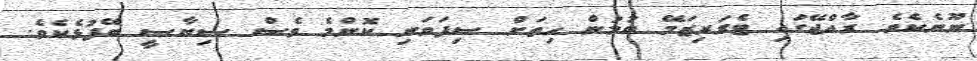
ނޫނެކެވެ. ރާއްޖޭގައި ޓެރަރިޒަމޭ ބުމުން ހިތަށް ސިފަވަނި ކޮންމެ ވެސް ސިޔާސީ ބޭފުޅެކެވެ.